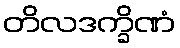
တိလဒက္ခိဏံ